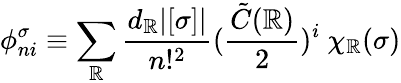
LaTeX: \phi_{ni}^{\sigma}\equiv\sum_{\mathbb{R}}\frac{{d_{\mathbb{R}}|[\sigma]|}}{{n!^{2}}}(\frac{{{\tilde{{C}}}(\mathbb{R})}}{{2}})^{i}\ \chi_{\mathbb{R}}(\sigma)